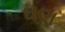
ઘણ